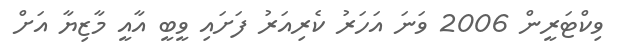
ވިކްޓަރީން 2006 ވަނަ އަހަރު ކެރިއަރު ފަށައި ވީބީ އާއީ މާޒިޔާ އަށް